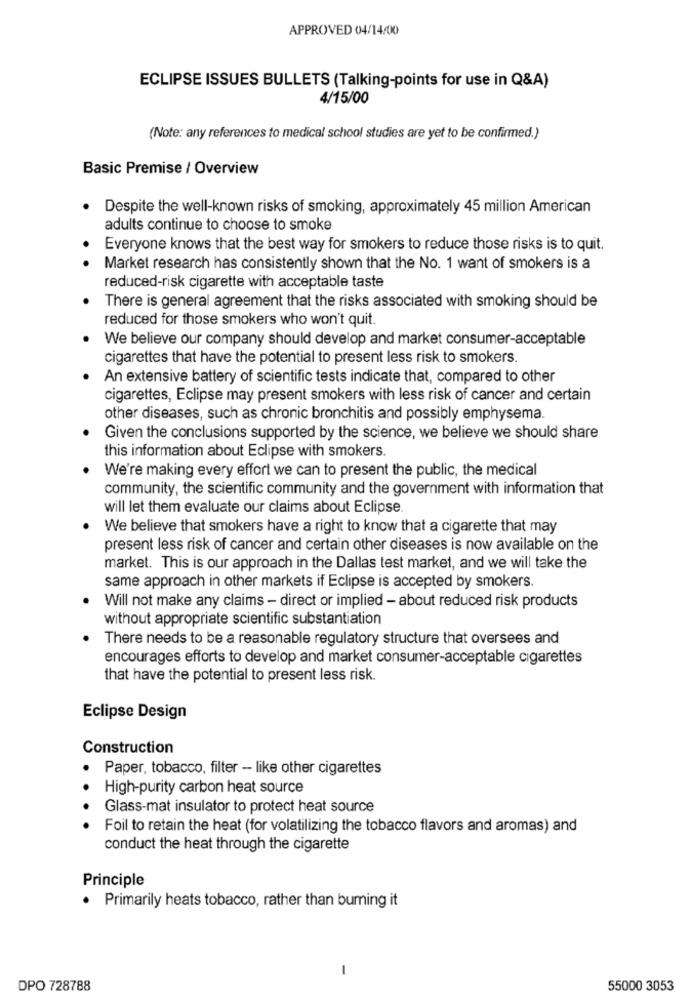
APPROVED 04/14/00
ECLIPSE ISSUES BULLETS (Talking-points for use in Q&A)
4/15/00
(Note: any references to medical school studies are yet to be confirmed.)
Basic Premise / Overview
Despite the well-known risks of smoking, approximately 45 million American
adults continue to choose to smoke
Everyone knows that the best way for smokers to reduce those risks is to quit.
Market research has consistently shown that the No. 1 want of smokers is a
reduced-risk cigarette with acceptable taste
There is general agreement that the risks associated with smoking should be
reduced for those smokers who won't quit.
We believe our company should develop and market consumer-acceptable
cigarettes that have the potential to present less risk to smokers.
An extensive battery of scientific tests indicate that, compared to other
cigarettes, Eclipse may present smokers with less risk of cancer and certain
other diseases, such as chronic bronchitis and possibly emphysema.
Given the conclusions supported by the science, we believe we should share
this information about Eclipse with smokers.
We're making every effort we can to present the public, the medical
community, the scientific community and the government with information that
will let them evaluate our claims about Eclipse
We believe that smokers have a right to know that a cigarette that may
present less risk of cancer and certain other diseases is now available on the
market. This is our approach in the Dallas test market, and we will take the
same approach in other markets if Eclipse is accepted by smokers.
Will not make any claims - direct or implied - about reduced risk products
without appropriate scientific substantiation
There needs to be a reasonable regulatory structure that oversees and
encourages efforts to develop and market consumer-acceptable cigarettes
that have the potential to present less risk.
Eclipse Design
Construction
Paper, tobacco, filter - like other cigarettes
High-purity carbon heat source
Glass-mat insulator to protect heat source
Foil to retain the heat (for volatilizing the tobacco flavors and aromas) and
conduct the heat through the cigarette
Principle
. Primarily heats tobacco, rather than buming it
-
DPO 728788
55000 3053